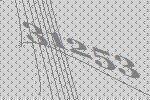
31253